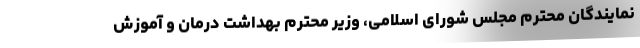
نمایندگان محترم مجلس شورای اسلامی، وزیر محترم بهداشت درمان و آموزش